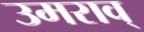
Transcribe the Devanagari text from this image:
उमराव्